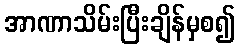
အာဏာသိမ်းပြီးချိန်မှစ၍